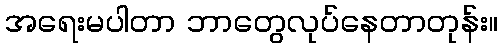
အရေးမပါတာ ဘာတွေလုပ်နေတာတုန်း။